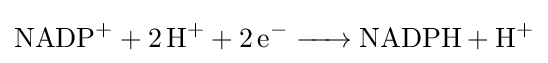
{\ce {NADP+ + 2H+ + 2e- -> NADPH + H+}}